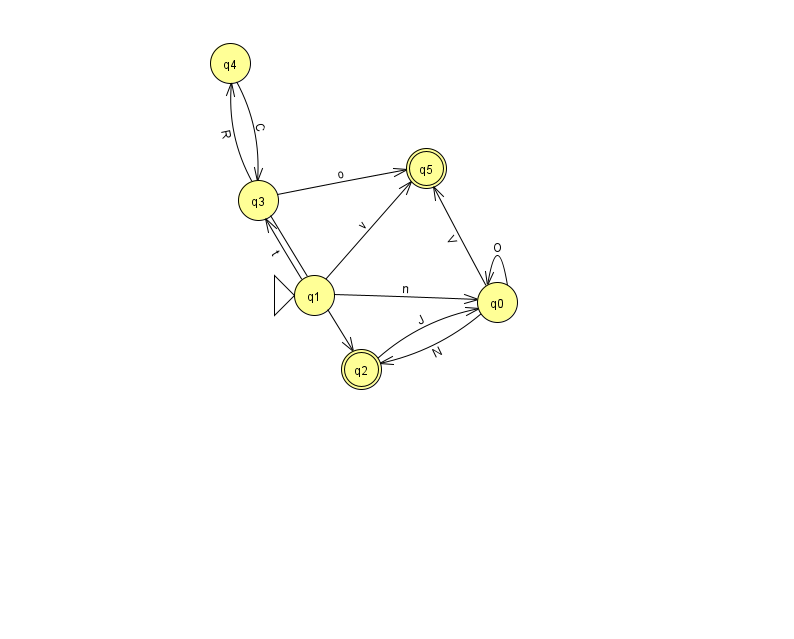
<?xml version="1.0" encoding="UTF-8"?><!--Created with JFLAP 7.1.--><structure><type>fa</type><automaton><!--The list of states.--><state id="0" name="q0"><x>497.0</x><y>289.0</y></state><state id="1" name="q1"><x>314.0</x><y>282.0</y><initial/></state><state id="2" name="q2"><x>361.0</x><y>356.0</y><final/></state><state id="3" name="q3"><x>258.0</x><y>187.0</y></state><state id="4" name="q4"><x>230.0</x><y>50.0</y></state><state id="5" name="q5"><x>426.0</x><y>155.0</y><final/></state><!--The list of transitions.--><transition><from>3</from><to>5</to><read>o</read></transition><transition><from>1</from><to>0</to><read>n</read></transition><transition><from>0</from><to>5</to><read>V</read></transition><transition><from>1</from><to>3</to><read>t</read></transition><transition><from>0</from><to>2</to><read>N</read></transition><transition><from>1</from><to>5</to><read>v</read></transition><transition><from>3</from><to>2</to><read>c</read></transition><transition><from>4</from><to>3</to><read>C</read></transition><transition><from>2</from><to>0</to><read>J</read></transition><transition><from>3</from><to>4</to><read>R</read></transition><transition><from>0</from><to>0</to><read>O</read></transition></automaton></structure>